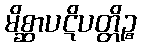
မိစ္ဆာပဋိပတ္တိဉ္စ